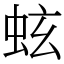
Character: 蚿